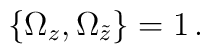
{ \{ \Omega_z , \Omega_{\tilde z} \} } = 1 \,.